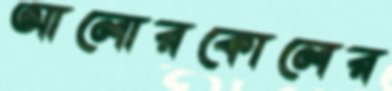
আলোরকোলের